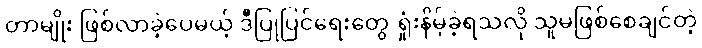
တာမျိုး ဖြစ်လာခဲ့ပေမယ့် ဒီပြုပြင်ရေးတွေ ရှုံးနိမ့်ခဲ့ရသလို သူမဖြစ်စေချင်တဲ့